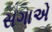
સગાએ